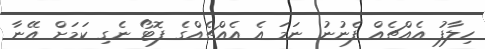
ހިލާފު އެއްޗެއް ފެނުނު ނަމަ އެ އެއްޗެއްގެ ފޮޓޯ ނެގި ކަމަށް އޭނާ